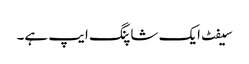
سیفٹ ایک شاپنگ ایپ ہے۔